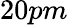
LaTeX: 20pm